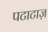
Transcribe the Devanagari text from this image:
पटाटाज़